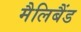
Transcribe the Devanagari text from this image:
मैलिबैंड